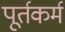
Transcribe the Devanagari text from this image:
पूर्तकर्म